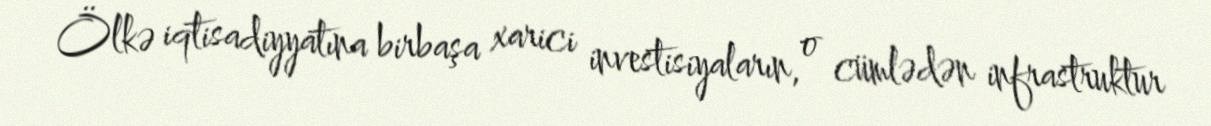
Ölkə iqtisadiyyatına birbaşa xarici investisiyaların, o cümlədən infrastruktur